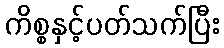
ကိစ္စနှင့်ပတ်သက်ပြီး